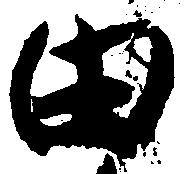
田